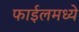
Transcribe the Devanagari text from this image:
फाईलमध्ये